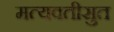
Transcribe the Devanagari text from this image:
मत्यवतीसुत